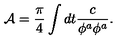
{ \cal A } = \frac { \pi } { 4 } \int d t { \frac { c } { \phi ^ { a } \phi ^ { a } } } .